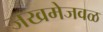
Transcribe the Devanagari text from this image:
जखमेजवळ